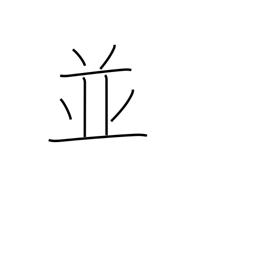
Meaning: as well as